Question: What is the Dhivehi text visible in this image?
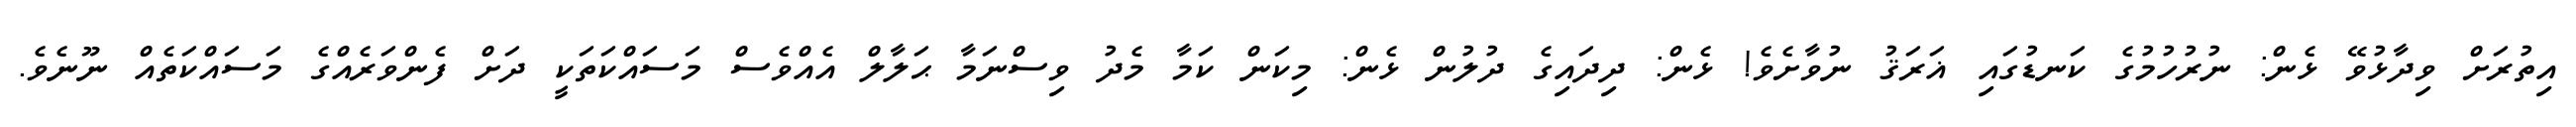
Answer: އިތުރަށް ވިދާޅުވޭ ޅެން: ނުރުހުމުގެ ކަނޑުގައި ޣަރަޤު ނުވާށެވެ! ޅެން: ދިދައިގެ ދުލުން ޅެން: މިކަން ކަމާ މެދު ވިސްނަމާ ޙަލާލް އެއްވެސް މަސައްކަތަކީ ދަށް ފެންވަރެއްގެ މަސައްކަތެއް ނޫނެވެ.